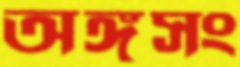
অঙ্গসং